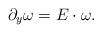
LaTeX: \begin{align*}\partial_y\omega=E\cdot \omega.\end{align*}